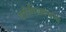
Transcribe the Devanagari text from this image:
परिस्थितजन्य